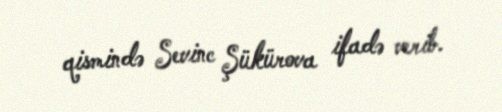
qismində Sevinc Şükürova ifadə verib.